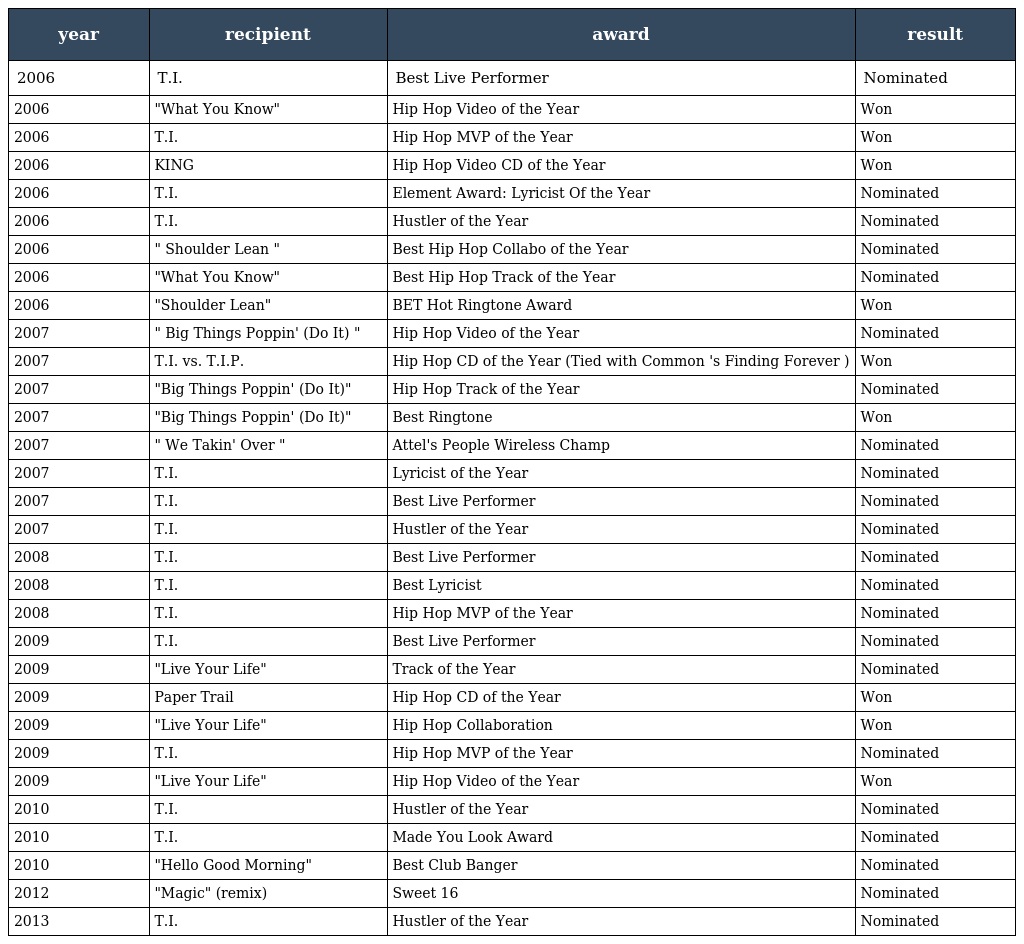
| year | recipient | award | result |
 | --- | --- | --- | --- |
 | 2006 | T.I. | Best Live Performer | Nominated |
 | 2006 | "What You Know" | Hip Hop Video of the Year | Won |
 | 2006 | T.I. | Hip Hop MVP of the Year | Won |
 | 2006 | KING | Hip Hop Video CD of the Year | Won |
 | 2006 | T.I. | Element Award: Lyricist Of the Year | Nominated |
 | 2006 | T.I. | Hustler of the Year | Nominated |
 | 2006 | " Shoulder Lean " | Best Hip Hop Collabo of the Year | Nominated |
 | 2006 | "What You Know" | Best Hip Hop Track of the Year | Nominated |
 | 2006 | "Shoulder Lean" | BET Hot Ringtone Award | Won |
 | 2007 | " Big Things Poppin' (Do It) " | Hip Hop Video of the Year | Nominated |
 | 2007 | T.I. vs. T.I.P. | Hip Hop CD of the Year (Tied with Common 's Finding Forever ) | Won |
 | 2007 | "Big Things Poppin' (Do It)" | Hip Hop Track of the Year | Nominated |
 | 2007 | "Big Things Poppin' (Do It)" | Best Ringtone | Won |
 | 2007 | " We Takin' Over " | Attel's People Wireless Champ | Nominated |
 | 2007 | T.I. | Lyricist of the Year | Nominated |
 | 2007 | T.I. | Best Live Performer | Nominated |
 | 2007 | T.I. | Hustler of the Year | Nominated |
 | 2008 | T.I. | Best Live Performer | Nominated |
 | 2008 | T.I. | Best Lyricist | Nominated |
 | 2008 | T.I. | Hip Hop MVP of the Year | Nominated |
 | 2009 | T.I. | Best Live Performer | Nominated |
 | 2009 | "Live Your Life" | Track of the Year | Nominated |
 | 2009 | Paper Trail | Hip Hop CD of the Year | Won |
 | 2009 | "Live Your Life" | Hip Hop Collaboration | Won |
 | 2009 | T.I. | Hip Hop MVP of the Year | Nominated |
 | 2009 | "Live Your Life" | Hip Hop Video of the Year | Won |
 | 2010 | T.I. | Hustler of the Year | Nominated |
 | 2010 | T.I. | Made You Look Award | Nominated |
 | 2010 | "Hello Good Morning" | Best Club Banger | Nominated |
 | 2012 | "Magic" (remix) | Sweet 16 | Nominated |
 | 2013 | T.I. | Hustler of the Year | Nominated |